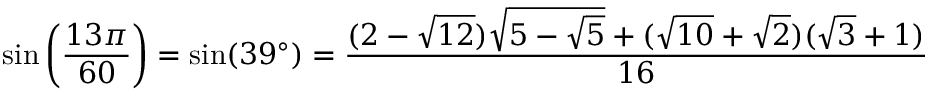
\sin \left( { \frac { 1 3 \pi } { 6 0 } } \right) = \sin ( 3 9 ^ { \circ } ) = { \frac { ( 2 - { \sqrt { 1 2 } } ) { \sqrt { 5 - { \sqrt { 5 } } } } + ( { \sqrt { 1 0 } } + { \sqrt { 2 } } ) ( { \sqrt { 3 } } + 1 ) } { 1 6 } }